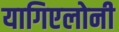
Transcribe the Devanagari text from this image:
यागिएलोनी